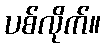
ပစ်လိုက်။